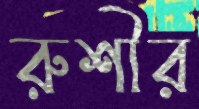
রুশীর